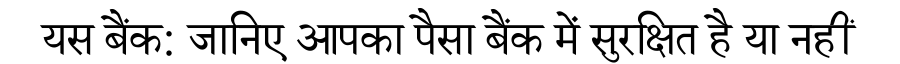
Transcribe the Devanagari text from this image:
यस बैंक: जानिए आपका पैसा बैंक में सुरक्षित है या नहीं